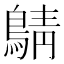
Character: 𪂴